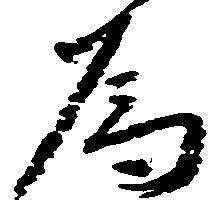
為